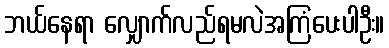
ဘယ်နေရာ လျှောက်လည်ရမလဲအကြံပေးပါဦး။